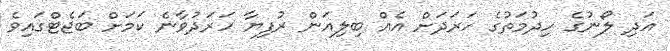
އަދި ލޯނުގެ ހިދުމަތުގެ ހަރަދަށް އެއް ބިލިއަން ރުފިޔާ ހަރަދުވާނެ ކަމަށް ބަޖެޓްގައިވެ